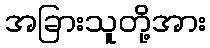
အခြားသူတို့အား